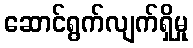
ဆောင်ရွက်လျက်ရှိမှု